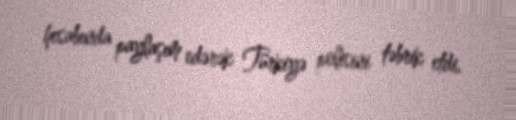
hesabında paylaşım edərək Türkiyə polisini təbrik etdi.